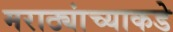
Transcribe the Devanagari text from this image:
मराठ्यांच्याकडे